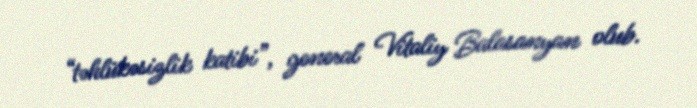
“təhlükəsizlik katibi”, general Vitaliy Balasanyan olub.